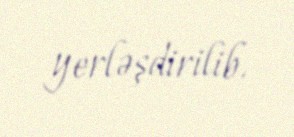
yerləşdirilib.